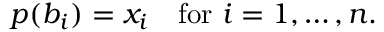
p ( b _ { i } ) = x _ { i } \quad { \mathrm { f o r ~ } } i = 1 , \ldots , n .